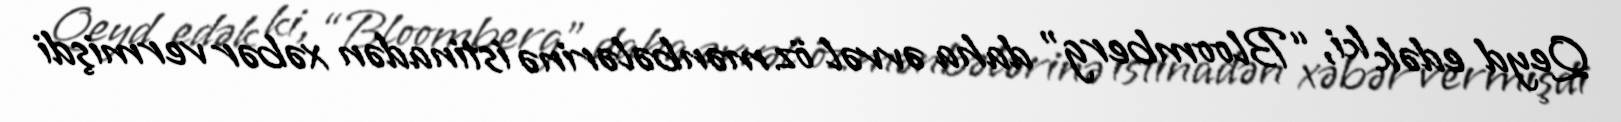
Qeyd edək ki, “Bloomberg” daha əvvəl öz mənbələrinə istinadən xəbər vermişdi